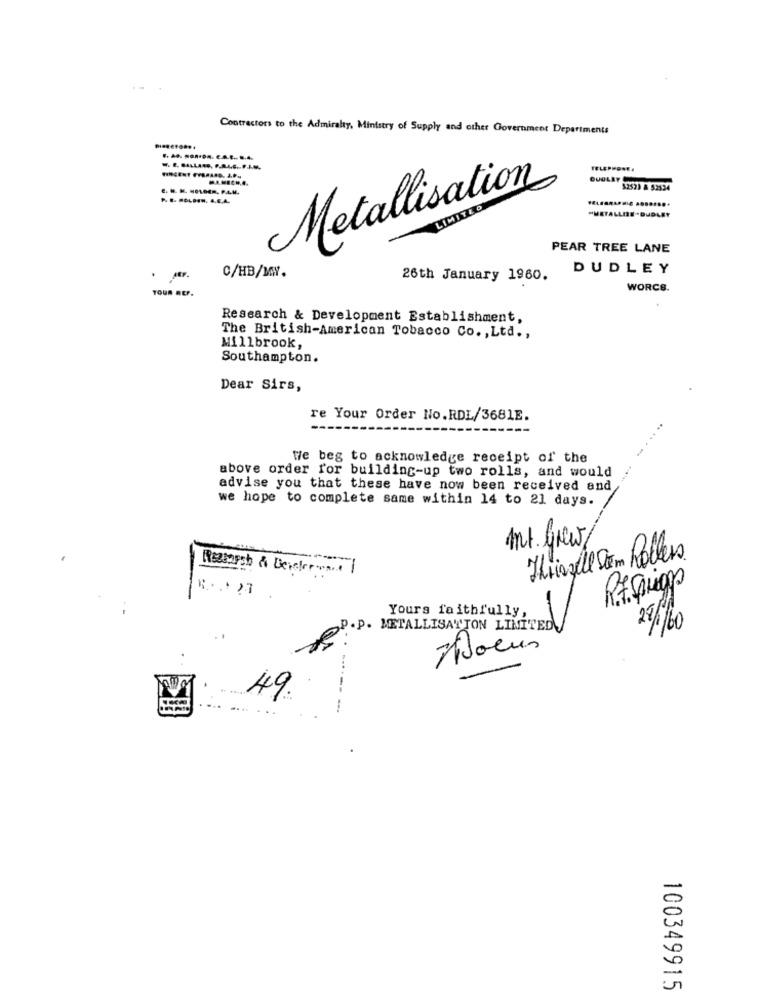
Contractors to the Admiralty, Ministry of Supply and other Government Departments
Metallisation
$2523 & 52534
LIMITED
"METALLERE *DUDLEY
PEAR TREE LANE
C/HB/wW.
DUDLEY
26th January 1960.
WORCS.
TOUR REP.
Research & Development Establishment,
The British-American Tobacco Co. , Ltd .,
Millbrook,
Southampton.
Dear Sirs,
re Your Order No.RDL/3681E.
We beg to acknowledge receipt of the
above order for building-up two rolls, and would
advise you that these have now been received and
we hope to complete same within 14 to 21 days.
mt. Grew
Thiszell Dem Rollers
REquipos
-
Yours faithfully,
P. P. METALLISAY TON LIMITED
Joeus
49.
------ -
100349915